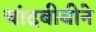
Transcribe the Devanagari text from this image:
चांदबीबीने